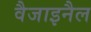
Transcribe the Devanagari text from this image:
वैजाइनैल